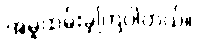
အမှုထမ်းခဲ့ကြပါတယ်။